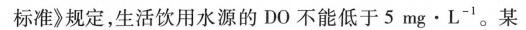
标准》规定，生活饮用水源的DO不能低于5mg\cdot L^{-1}。某